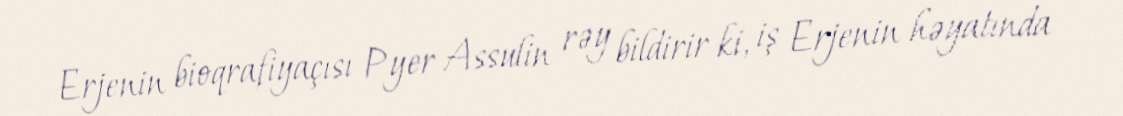
Erjenin bioqrafiyaçısı Pyer Assulin rəy bildirir ki, iş Erjenin həyatında